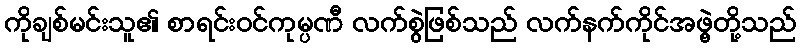
ကိုချစ်မင်းသူ၏ စာရင်းဝင်ကုမ္ပဏီ လက်စွဲဖြစ်သည် လက်နက်ကိုင်အဖွဲ့တို့သည်